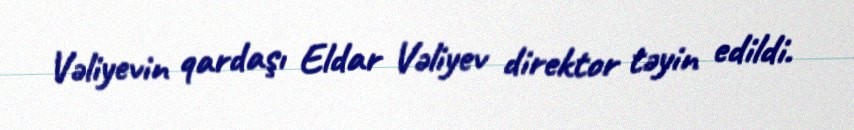
Vəliyevin qardaşı Eldar Vəliyev direktor təyin edildi.